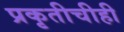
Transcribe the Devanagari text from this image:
प्रकृतीचीही